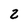
Character: 2